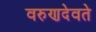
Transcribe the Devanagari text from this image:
वरुणदेवते